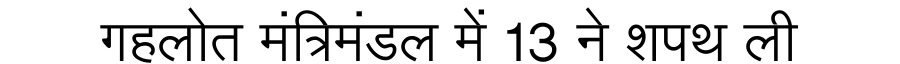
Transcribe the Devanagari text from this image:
गहलोत मंत्रिमंडल में 13 ने शपथ ली